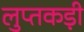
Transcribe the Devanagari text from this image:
लुप्तकड़ी